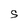
Character: S